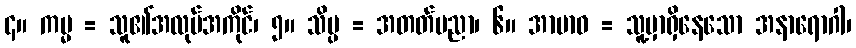
၄။ ကမ္မ = သူ၏အလုပ်အကိုင်၊ ၅။ သိပ္ပ = အတတ်ပညာ၊ ၆။ အာဗာဓ = သူ့မှာရှိနေသော အနာရောဂါ၊